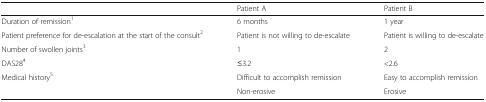
<table><thead><tr><td></td><td><b>Patient A</b></td><td><b>Patient B</b></td></tr></thead><tbody><tr><td>Duration of remission<sup>1</sup></td><td>6 months</td><td>1 year</td></tr><tr><td>Patient preference for de-escalation at the start of the consult<sup>2</sup></td><td>Patient is not willing to de-escalate</td><td>Patient is willing to de-escalate</td></tr><tr><td>Number of swollen joints<sup>3</sup></td><td>1</td><td>2</td></tr><tr><td>DAS28<sup>4</sup></td><td>≤3.2</td><td>&lt;2.6</td></tr><tr><td>Medical history<sup>5</sup></td><td>Difficult to accomplish remission</td><td>Easy to accomplish remission</td></tr><tr><td></td><td>Non-erosive</td><td>Erosive</td></tr></tbody></table>